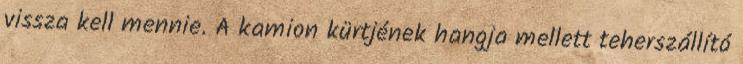
vissza kell mennie. A kamion kürtjének hangja mellett teherszállító